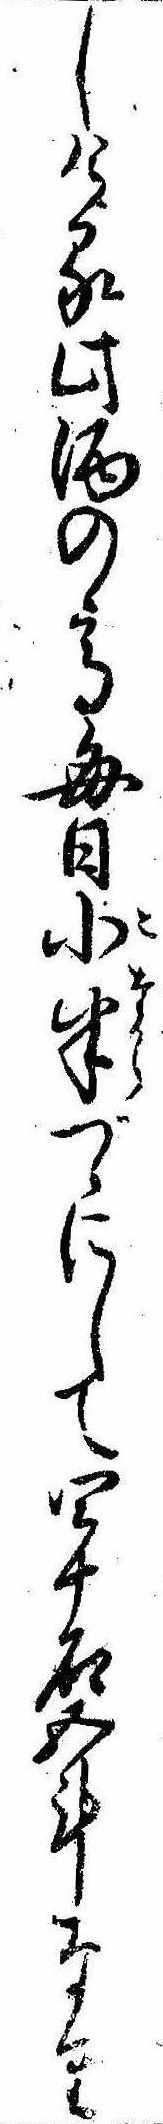
しける此酒の高毎日小半づゝにして四十石五斗なり